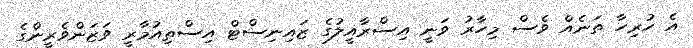
އެ ހުރިހާ ތަނެއް ވެސް މިހާރު ވަނީ އިސްރާއީލުގެ ޒައިނިސްޓް އިސްތިއުމާރީ ވަޒަންވެރީންގެ